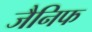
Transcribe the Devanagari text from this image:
जैनिफ